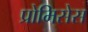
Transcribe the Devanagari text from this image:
प्रोमिसेस